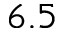
6 . 5